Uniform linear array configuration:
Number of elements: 24
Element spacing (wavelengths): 0.25
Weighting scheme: binomial
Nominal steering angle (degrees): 15
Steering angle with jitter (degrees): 15.031
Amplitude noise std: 0.05
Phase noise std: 0.05

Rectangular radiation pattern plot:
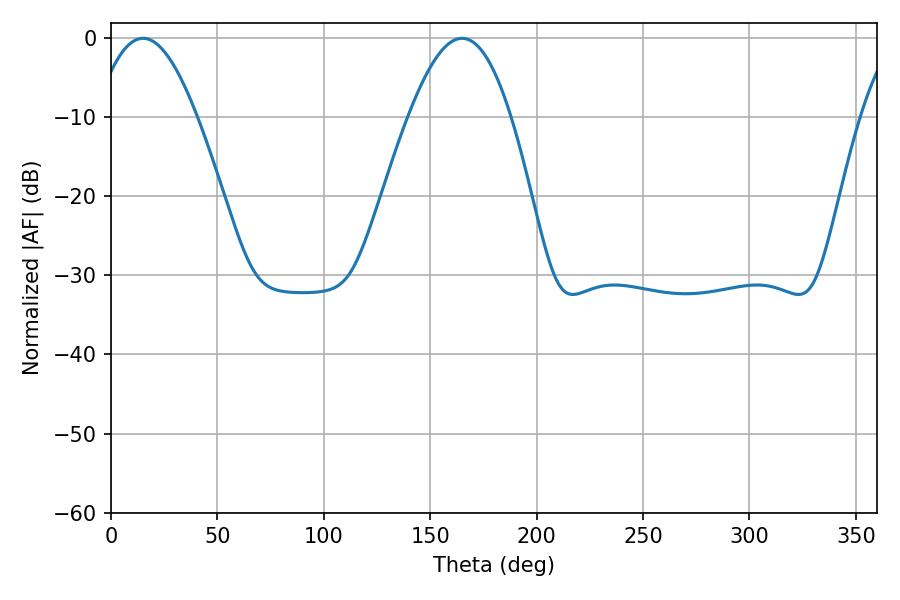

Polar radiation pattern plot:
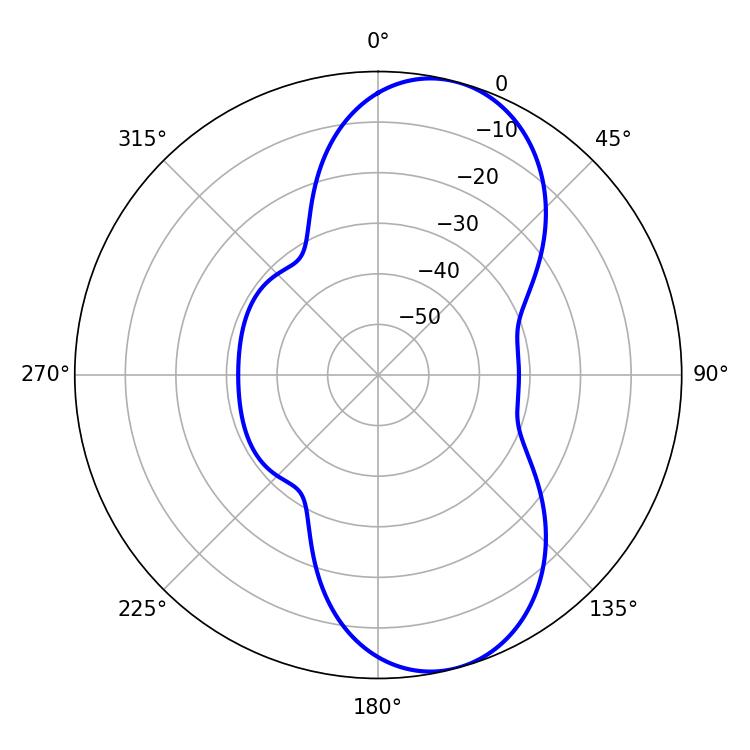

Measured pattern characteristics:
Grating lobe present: FALSE
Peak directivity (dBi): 8.796
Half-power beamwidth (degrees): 26.1
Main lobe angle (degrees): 15.12